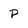
Character: P